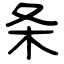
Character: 条